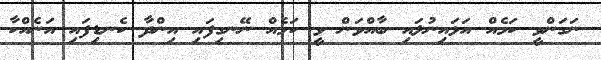
ނަގަންވީ ކަމެއް އަޅައިނުލައި ބާއްވަން ވީ ކަމެއް ނޭނގިފައި އިންދާ ކެނޑިފައި އަނެއްކާ